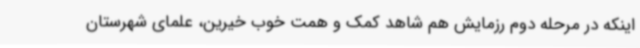
اینکه در مرحله دوم رزمایش هم شاهد کمک و همت خوب خیرین، علمای شهرستان